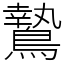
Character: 鷙